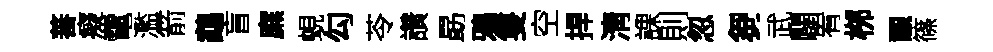
蕃癡電濫箭鵡盲廡蜆勾苓讚勗鴉隻空捍淸課則忽芻武闢宥桞覼篠